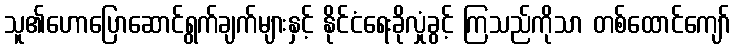
သူ၏ဟောပြောဆောင်ရွက်ချက်များနှင့် နိုင်ငံရေးခိုလှုံခွင့် ကြသည်ကိုသာ တစ်ထောင်ကျော်